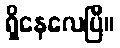
ရှိနေလေပြီ။